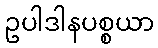
ဥပါဒါနပစ္စယာ